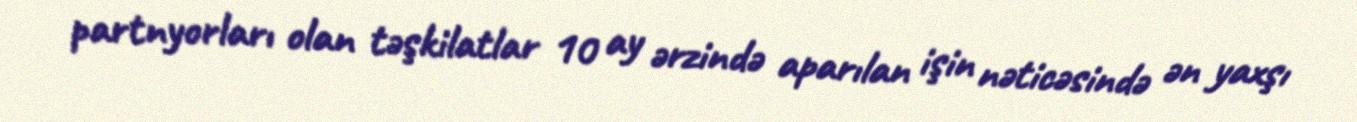
partnyorları olan təşkilatlar 10 ay ərzində aparılan işin nəticəsində ən yaxşı